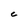
Character: C